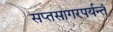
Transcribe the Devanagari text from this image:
सप्तसागरपर्यन्तं